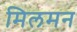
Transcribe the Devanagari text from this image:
मिलमन